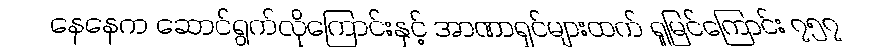
နေနေက ဆောင်ရွက်လိုကြောင်းနှင့် အာဏာရှင်များထက် ရှုမြင်ကြောင်း ၇၅၇